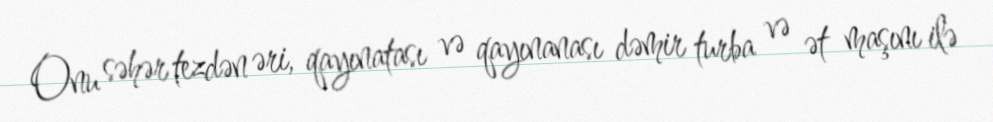
Onu səhər tezdən əri, qayınatası və qayınanası dəmir turba və ət maşını ilə